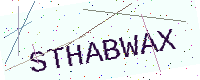
Text: STHABWAX